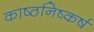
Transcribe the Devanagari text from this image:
काष्ठनिष्कर्ष